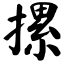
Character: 摞